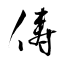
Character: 儔